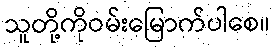
သူတို့ကိုဝမ်းမြောက်ပါစေ။